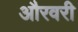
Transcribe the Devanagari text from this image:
औरवरी